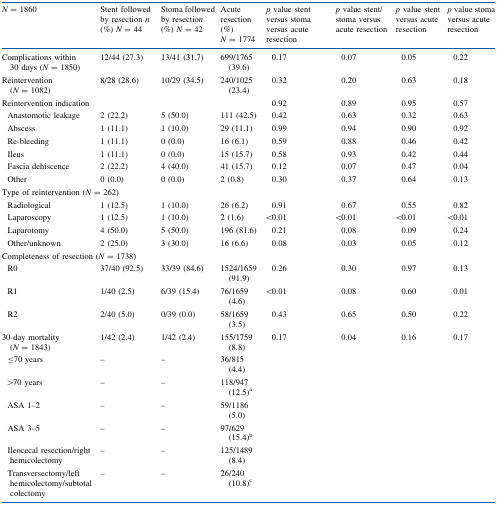
<table><thead><tr><td><b><i>N</i> = 1860</b></td><td><b>Stent followed by resection <i>n</i> (%) <i>N</i> = 44</b></td><td><b>Stoma followed by resectio<i>n</i> (%) <i>N</i> = 42</b></td><td><b>Acute resection (%) <i>N</i> = 1774</b></td><td><b><i>p</i> value stent versus stoma versus acute resection</b></td><td><b><i>p</i> value stent/stoma versus acute resection</b></td><td><b><i>p</i> value stent versus acute resection</b></td><td><b><i>p</i> value stoma versus acute resection</b></td></tr></thead><tbody><tr><td>Complications within 30 days (<i>N</i> = 1850)</td><td>12/44 (27.3)</td><td>13/41 (31.7)</td><td>699/1765 (39.6)</td><td>0.17</td><td>0.07</td><td>0.05</td><td>0.22</td></tr><tr><td>Reintervention (<i>N</i> = 1082)</td><td>8/28 (28.6)</td><td>10/29 (34.5)</td><td>240/1025 (23.4)</td><td>0.32</td><td>0.20</td><td>0.63</td><td>0.18</td></tr><tr><td>Reintervention indication</td><td></td><td></td><td></td><td>0.92</td><td>0.89</td><td>0.95</td><td>0.57</td></tr><tr><td> Anastomotic leakage </td><td>2 (22.2)</td><td>5 (50.0)</td><td>111 (42.5)</td><td>0.42</td><td>0.63</td><td>0.32</td><td>0.63</td></tr><tr><td> Abscess </td><td>1 (11.1)</td><td>1 (10.0)</td><td>29 (11.1)</td><td>0.99</td><td>0.94</td><td>0.90</td><td>0.92</td></tr><tr><td> Re-bleeding </td><td>1 (11.1)</td><td>0 (0.0)</td><td>16 (6.1)</td><td>0.59</td><td>0.88</td><td>0.46</td><td>0.42</td></tr><tr><td> Ileus </td><td>1 (11.1)</td><td>0 (0.0)</td><td>15 (15.7)</td><td>0.58</td><td>0.93</td><td>0.42</td><td>0.44</td></tr><tr><td> Fascia dehiscence </td><td>2 (22.2)</td><td>4 (40.0)</td><td>41 (15.7)</td><td>0.12</td><td>0.07</td><td>0.47</td><td>0.04</td></tr><tr><td> Other</td><td>0 (0.0)</td><td>0 (0.0)</td><td>2 (0.8)</td><td>0.30</td><td>0.37</td><td>0.64</td><td>0.13</td></tr><tr><td colspan="2">Type of reintervention (<i>N</i> = 262)</td><td></td><td></td><td></td><td></td><td></td><td></td></tr><tr><td> Radiological </td><td>1 (12.5)</td><td>1 (10.0)</td><td>26 (6.2)</td><td>0.91</td><td>0.67</td><td>0.55</td><td>0.82</td></tr><tr><td> Laparoscopy </td><td>1 (12.5)</td><td>1 (10.0)</td><td>2 (1.6)</td><td>&lt;0.01</td><td>&lt;0.01</td><td>&lt;0.01</td><td>&lt;0.01</td></tr><tr><td> Laparotomy </td><td>4 (50.0)</td><td>5 (50.0)</td><td>196 (81.6)</td><td>0.21</td><td>0.08</td><td>0.09</td><td>0.24</td></tr><tr><td> Other/unknown </td><td>2 (25.0)</td><td>3 (30.0)</td><td>16 (6.6)</td><td>0.08</td><td>0.03</td><td>0.05</td><td>0.12</td></tr><tr><td colspan="2">Completeness of resection (<i>N</i> = 1738)</td><td></td><td></td><td></td><td></td><td></td><td></td></tr><tr><td> R0</td><td>37/40 (92.5)</td><td>33/39 (84.6)</td><td>1524/1659 (91.9)</td><td>0.26</td><td>0.30</td><td>0.97</td><td>0.13</td></tr><tr><td> R1</td><td>1/40 (2.5)</td><td>6/39 (15.4)</td><td>76/1659 (4.6)</td><td>&lt;0.01</td><td>0.08</td><td>0.60</td><td>0.01</td></tr><tr><td> R2</td><td>2/40 (5.0)</td><td>0/39 (0.0)</td><td>58/1659 (3.5)</td><td>0.43</td><td>0.65</td><td>0.50</td><td>0.22</td></tr><tr><td>30-day mortality (<i>N</i> = 1843)</td><td>1/42 (2.4)</td><td>1/42 (2.4)</td><td>155/1759 (8.8)</td><td>0.17</td><td>0.04</td><td>0.16</td><td>0.17</td></tr><tr><td> ≤70 years</td><td>–</td><td>–</td><td>36/815 (4.4)</td><td></td><td></td><td></td><td></td></tr><tr><td> &gt;70 years</td><td>–</td><td>–</td><td>118/947 (12.5)<sup>a</sup></td><td></td><td></td><td></td><td></td></tr><tr><td> ASA 1–2</td><td>–</td><td>–</td><td>59/1186 (5.0)</td><td></td><td></td><td></td><td></td></tr><tr><td> ASA 3–5</td><td>–</td><td>–</td><td>97/629 (15.4)<sup>b</sup></td><td></td><td></td><td></td><td></td></tr><tr><td> Ileocecal resection/right hemicolectomy</td><td>–</td><td>–</td><td>125/1489 (8.4)</td><td></td><td></td><td></td><td></td></tr><tr><td> Transversectomy/left hemicolectomy/subtotal colectomy</td><td>–</td><td>–</td><td>26/240 (10.8)<sup>c</sup></td><td></td><td></td><td></td><td></td></tr></tbody></table>